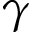
\gamma